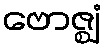
ဗောဇ္ဈံ